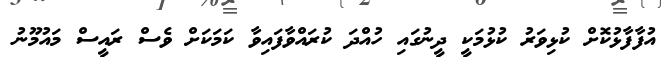
އުފާފާޅުކޮށް ކުޅިވަރު ކުޅުމަކީ ދީނުގައި ހުއްދަ ކުރައްވާފައިވާ ކަމަކަށް ވެސް ރައީސް މައުމޫނު